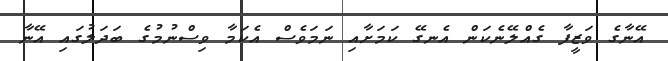
އޭނާގެ ވަޒީފާ ގެއްލޭނެކަން އެނގޭ ކަމަށާއި ނަމަވެސް އެކަމާ ވިސްނުމުގެ ބަދަލުގައި އޭނާ